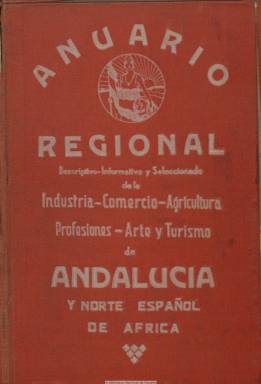
Título: Anuario regional descriptivo, informativo y seleccionado de la industria, comercio, agricultura, profesiones, arte y turismo de la región de Andalucía y Norte español de África
Colección: Guías y directorios || Economía || Industria
Ámbito geográfico: Madrid
Lugar de publicación: Madrid
Fechas: 01/01/1932-31/12/1932

Dedicado a las ocho provincias andaluzas y a las poblaciones del Protectorado Español de Marruecos y norte de África, contiene descripciones esenciales de geografía e historia, datos de población, de interés turístico y de comunicaciones, con directorios de organismos judiciales, administrativos, militares y eclesiásticos, e índices de personalidades, profesionales y oficios, y de industrias, comercios y negocios. Comienza con los generales de la región andaluza y siguen los de cada provincia, por orden alfabético, con sus municipios y poblaciones. Sus textos descriptivos están acompañados de fotografías panorámicas, vistas, lugares urbanos, edificios singulares (catedrales, teatros, etc.) y monumentos, así como un mapa de comunicaciones de cada provincia. Inserta numerosa publicidad comercial, alguna de ella también con fotografía. Al final cuenta con un índice de poblaciones y otro de anunciantes. Editado por Anuarios Regionales de España (Madrid), el volumen supera ampliamente el millar de páginas (con diferente paginación) y corresponde a su segunda edición, de 1932. En 1931 editó la primera. Entre otros anuarios de la misma editorial, la Biblioteca Nacional de España dispone del correspondiente a las provincias del Norte de España, también digitalizado.